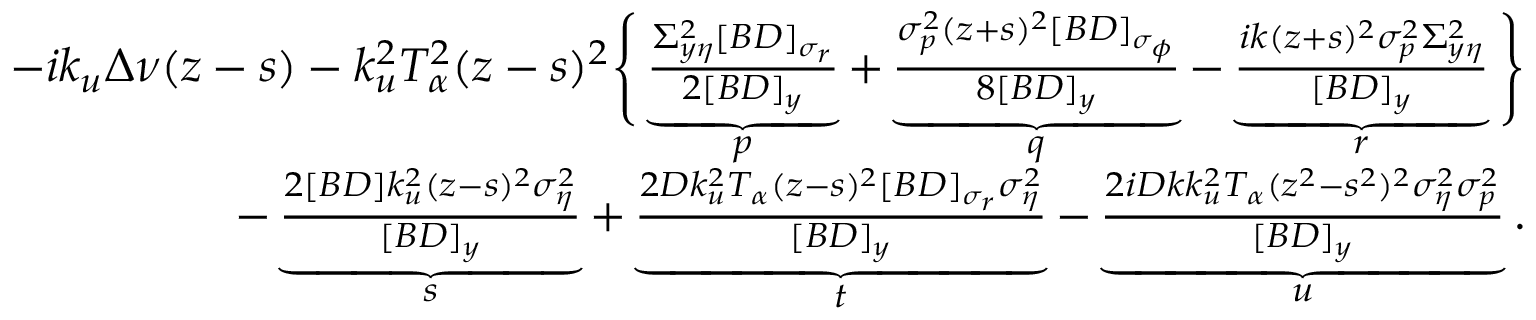
\begin{array} { r l r } & { } & { - i k _ { u } \Delta \nu ( z - s ) - k _ { u } ^ { 2 } T _ { \alpha } ^ { 2 } ( z - s ) ^ { 2 } \Bigg \{ \underbrace { \frac { \Sigma _ { y \eta } ^ { 2 } [ B D ] _ { \sigma _ { r } } } { 2 [ B D ] _ { y } } } _ { p } + \underbrace { \frac { \sigma _ { p } ^ { 2 } ( z + s ) ^ { 2 } [ B D ] _ { \sigma _ { \phi } } } { 8 [ B D ] _ { y } } } _ { q } - \underbrace { \frac { i k ( z + s ) ^ { 2 } \sigma _ { p } ^ { 2 } \Sigma _ { y \eta } ^ { 2 } } { [ B D ] _ { y } } } _ { r } \Bigg \} } \\ & { } & { \qquad - \underbrace { \frac { 2 [ B D ] k _ { u } ^ { 2 } ( z - s ) ^ { 2 } \sigma _ { \eta } ^ { 2 } } { [ B D ] _ { y } } } _ { s } + \underbrace { \frac { 2 D k _ { u } ^ { 2 } T _ { \alpha } ( z - s ) ^ { 2 } [ B D ] _ { \sigma _ { r } } \sigma _ { \eta } ^ { 2 } } { [ B D ] _ { y } } } _ { t } - \underbrace { \frac { 2 i D k k _ { u } ^ { 2 } T _ { \alpha } ( z ^ { 2 } - s ^ { 2 } ) ^ { 2 } \sigma _ { \eta } ^ { 2 } \sigma _ { p } ^ { 2 } } { [ B D ] _ { y } } } _ { u } . } \end{array}